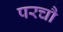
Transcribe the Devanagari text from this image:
परचौ